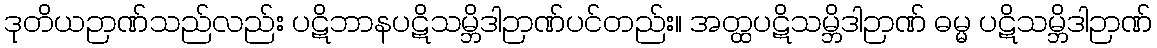
ဒုတိယဉာဏ်သည်လည်း ပဋိဘာနပဋိသမ္ဘိဒါဉာဏ်ပင်တည်း။ အတ္ထပဋိသမ္ဘိဒါဉာဏ် ဓမ္မ ပဋိသမ္ဘိဒါဉာဏ်